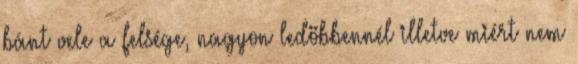
bánt vele a felsége, nagyon ledöbbennél illetve miért nem